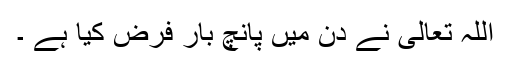
اللہ تعالیٰ نے دن میں پانچ بار فرض کیا ہے ۔